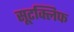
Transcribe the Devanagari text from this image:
सूटक्लिफ